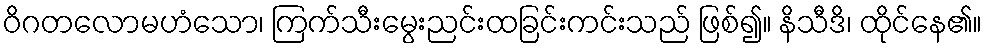
ဝိဂတလောမဟံသော၊ ကြက်သီးမွေးညင်းထခြင်းကင်းသည် ဖြစ်၍။ နိသီဒိ၊ ထိုင်နေ၏။